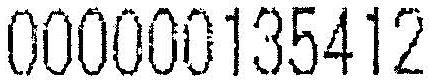
000000135412